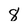
Character: 8